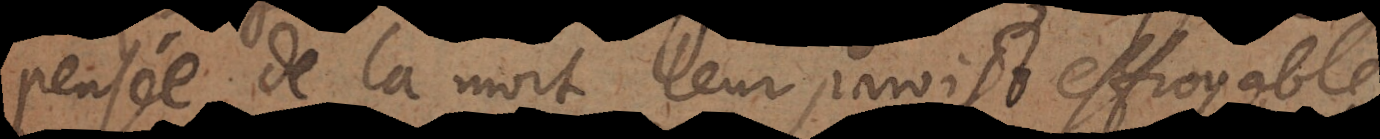
pensée de la mort leur paroist effroyable